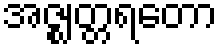
အဇ္ဈတ္တရတော